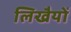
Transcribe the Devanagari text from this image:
लिखैयों